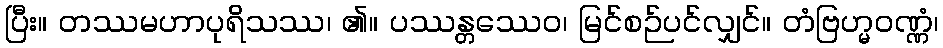
ပြီး။ တဿမဟာပုရိသဿ၊ ၏။ ပဿန္တဿေဝ၊ မြင်စဉ်ပင်လျှင်။ တံဗြဟ္မဝဏ္ဏံ၊